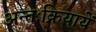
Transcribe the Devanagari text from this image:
अन्तःक्रियायें